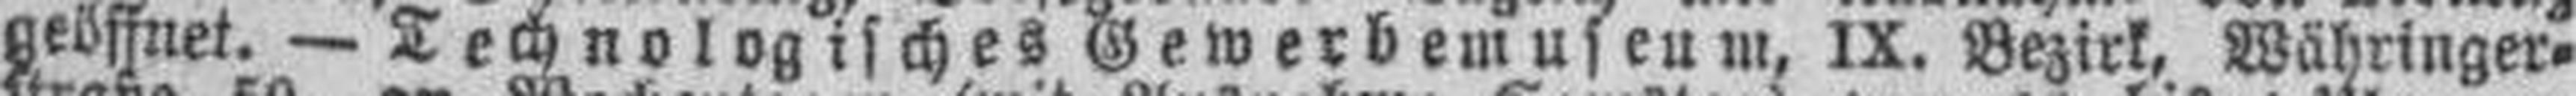
geöffnet. — Technologisches Gewerbemuseum, IX. Bezirk, Währinger¬